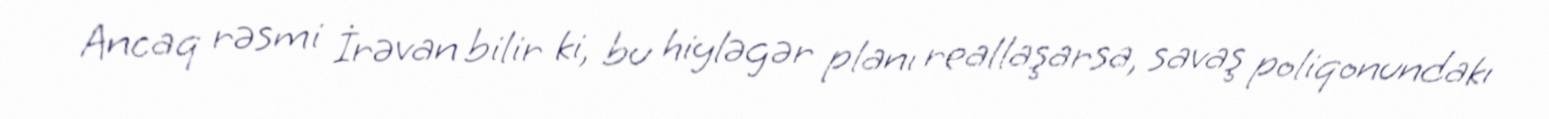
Ancaq rəsmi İrəvan bilir ki, bu hiyləgər planı reallaşarsa, savaş poliqonundakı